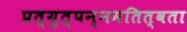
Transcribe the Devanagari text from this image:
प्रत्युत्पन्नमतित्वता